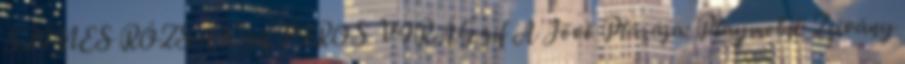
SZÍNES RÓZSÁK.gif PIROS VIRÁG.gif A Jövő Plázája: Playmobil: Zsivány